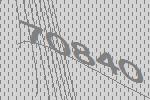
70840